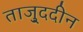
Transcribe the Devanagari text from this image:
ताजु्ददीन